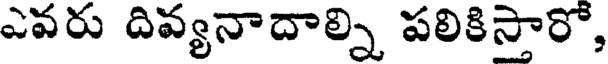
ఎవరు దివ్యనాదాల్ని పలికిస్తారో,